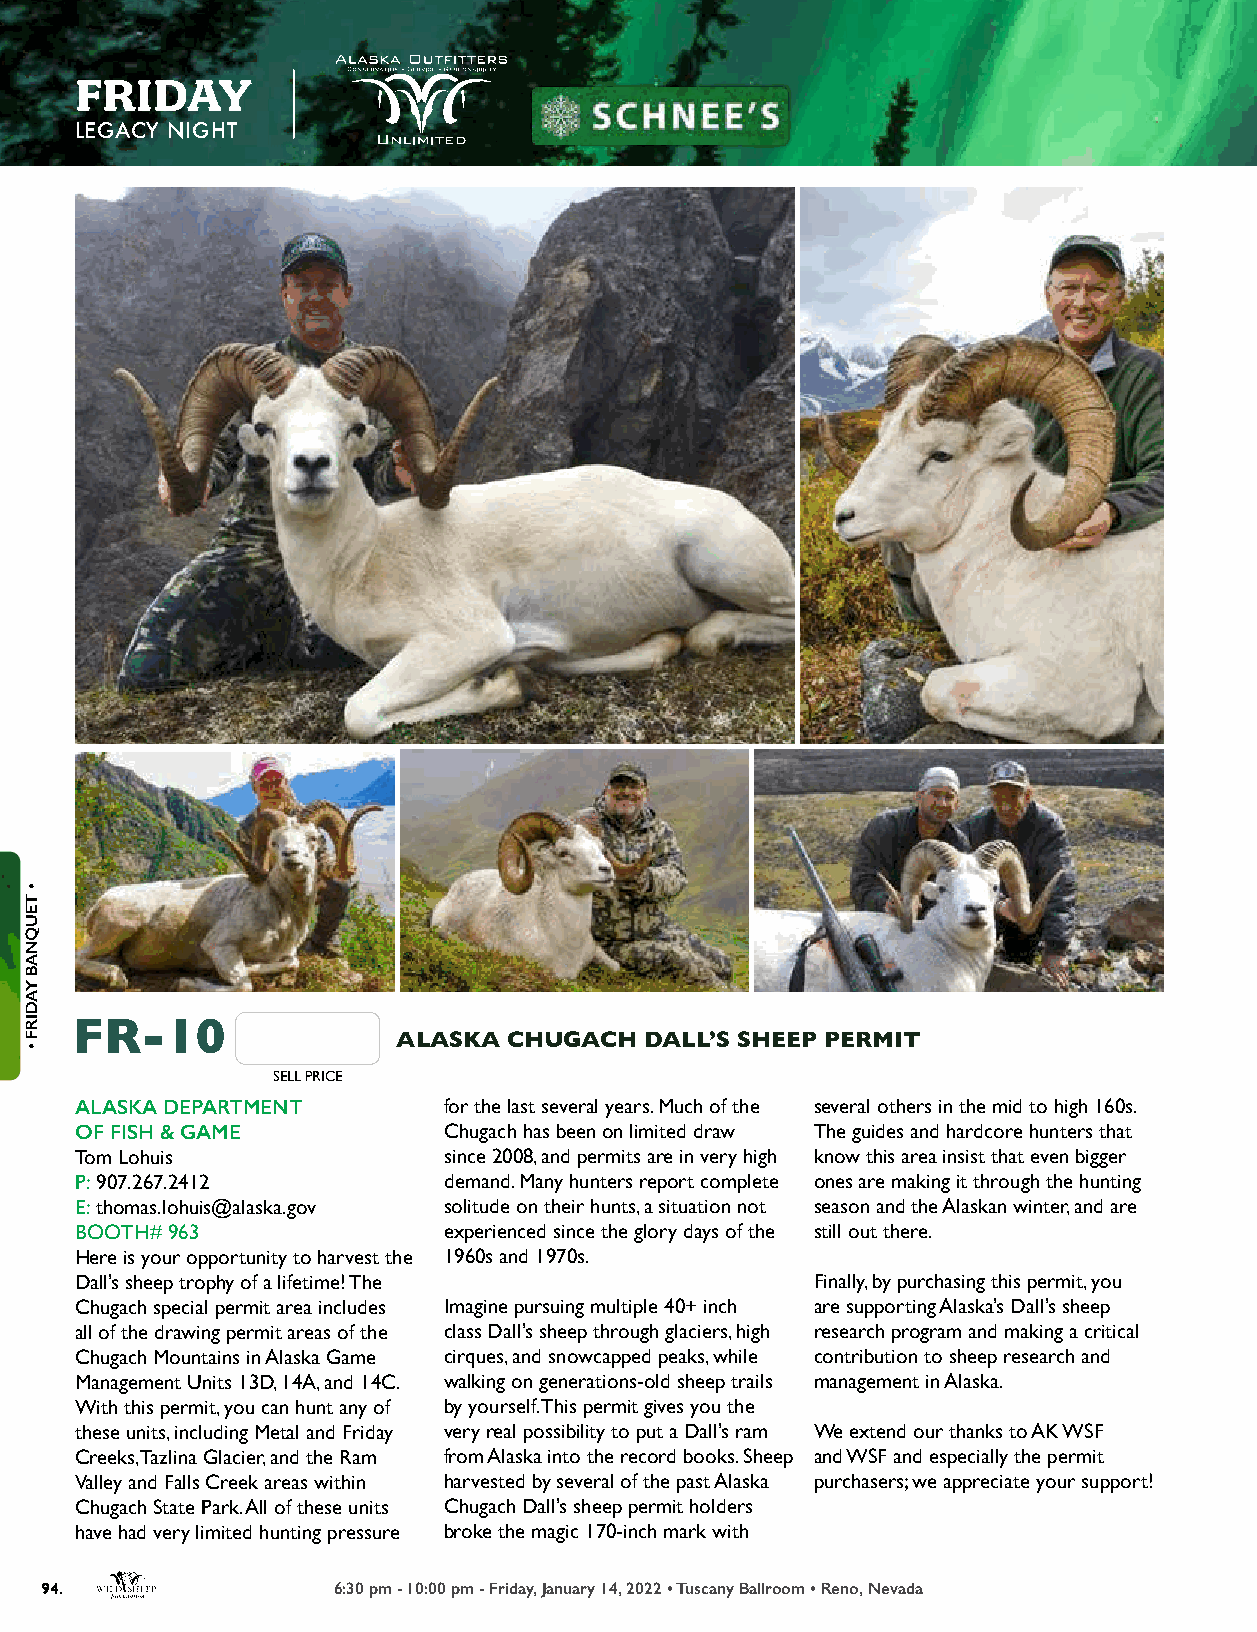
FRIDAY
 LEGACY NIGHT
 FR-10
 ALASKA  CHUGACH  DALL’S SHEEP PERMIT
 SELL PRICE
 ALASKA DEPARTMENT       for the last several years. Much of the several others in the mid to high 160s.
 OF FISH & GAME          Chugach has been on limited draw The guides and hardcore hunters that
 Tom Lohuis              since 2008, and permits are in very high know this area insist that even bigger
 P: 907.267.2412         demand. Many hunters report complete ones are making it through the hunting
 E: thomas.lohuis@alaska.gov solitude on their hunts, a situation not season and the Alaskan winter, and are
 BOOTH# 963              experienced since the glory days of the still out there.
 Here is your opportunity to harvest the 1960s and 1970s.
 Dall’s sheep trophy of a lifetime! The           Finally, by purchasing this permit, you
 Chugach special permit area includes Imagine pursuing multiple 40+ inch are supporting Alaska’s Dall’s sheep
 all of the drawing permit areas of the class Dall’s sheep through glaciers, high research program and making a critical
 Chugach Mountains in Alaska Game cirques, and snowcapped peaks, while contribution to sheep research and
 Management Units 13D, 14A, and 14C. walking on generations-old sheep trails management in Alaska.
 With this permit, you can hunt any of by yourself. This permit gives you the
 these units, including Metal and Friday very real possibility to put a Dall’s ram We extend our thanks to AK WSF
 Creeks, Tazlina Glacier, and the Ram from Alaska into the record books. Sheep and WSF and especially the permit
 Valley and Falls Creek areas within harvested by several of the past Alaska purchasers; we appreciate your support!
 Chugach State Park. All of these units Chugach Dall’s sheep permit holders
 have had very limited hunting pressure broke the magic 170-inch mark with
 94.                6:30 pm - 10:00 pm - Friday, January 14, 2022 • Tuscany Ballroom • Reno, Nevada
 •
 TEUQNAB
 YADIRF
 •